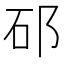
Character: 䂙